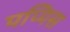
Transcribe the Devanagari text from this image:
पप्पिस